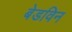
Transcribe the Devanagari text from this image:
बेडविन